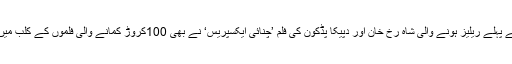
’کرش‘ سے کچھ مہینے پہلے ریلیز ہونے والی شاہ رخ خان اور دپیکا پڈکون کی فلم ’چنائی ایکسپریس‘ نے بھی 100کروڑ کمانے والی فلموں کے کلب میں اپنا نام درج کرایا تھا۔